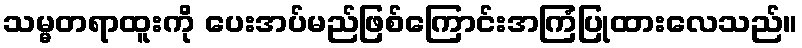
သမ္မတရာထူးကို ပေးအပ်မည်ဖြစ်ကြောင်းအကြံပြုထားလေသည်။